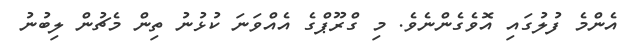
އެންމެ ފުލުގައި އޮވެގެންނެވެ. މި ގްރޫޕްގެ އެއްވަނަ ކުޅުނު ތިން މެޗުން ލިބުނު